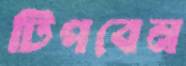
টিপবেন